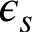
\epsilon _ { s }